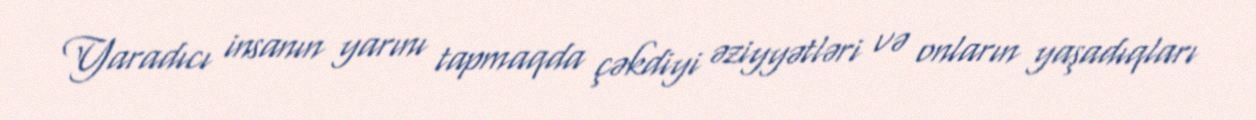
Yaradıcı insanın yarını tapmaqda çəkdiyi əziyyətləri və onların yaşadıqları